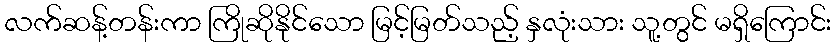
လက်ဆန့်တန်းကာ ကြိုဆိုနိုင်သော မြင့်မြတ်သည့် နှလုံးသား သူ့တွင် မရှိကြောင်း